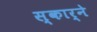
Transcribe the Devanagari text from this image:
स्कार्ने